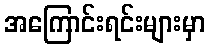
အကြောင်းရင်းများမှာ